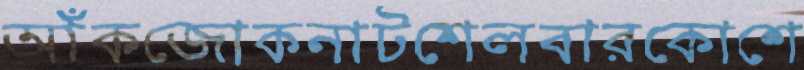
আঁকজোকনাটশেলবারকোশে